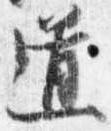
道